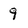
Character: 9